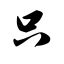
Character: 只